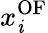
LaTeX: x_{\mathit{i}}^{\mathrm{{{OF}}}}